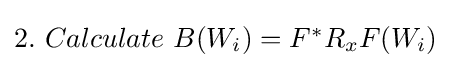
\textstyle 2.\ Calculate\ B(W_{i})=F^{*}R_{x}F(W_{i})